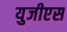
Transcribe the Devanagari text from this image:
युजीएस